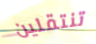
تنتقلين